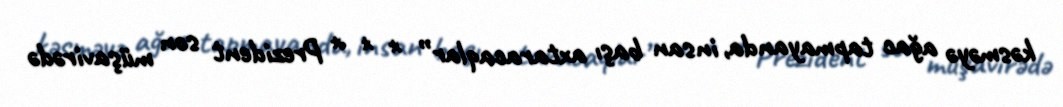
kəsməyə ağac tapmayanda, insan başı axtaracaqlar” * * * Prezident son müşavirədə